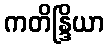
ကတိန္ဒြိယာ